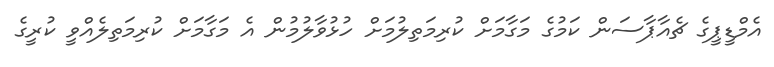
އެމްޑީޕީގެ ޗެއާޕާސަން ކަމުގެ މަގާމަށް ކުރިމަތިލުމަށް ހުޅުވާލުމުން އެ މަގާމަށް ކުރިމަތިލެއްވީ ކުރީގެ